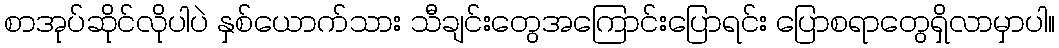
စာအုပ်ဆိုင်လိုပါပဲ နှစ်ယောက်သား သီချင်းတွေအကြောင်းပြောရင်း ပြောစရာတွေရှိလာမှာပါ။